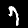
Digit: 7